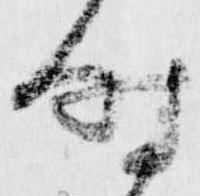
時